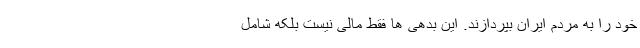
خود را به مردم ایران بپردازند. این بدهی ها فقط مالی نیست بلکه شامل